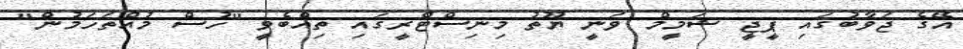
އޭގެ ޖަވާބުގައި ޕީޖީ ޝަމީމް ވަނީ ޔޫތު މިނިސްޓްރީގައި ތިއްބެވީ "ހުސް މުއްތަހަމުން"